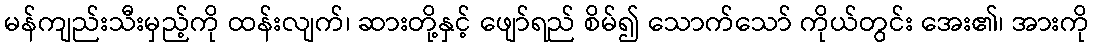
မန်ကျည်းသီးမှည့်ကို ထန်းလျက်၊ ဆားတို့နှင့် ဖျော်ရည် စိမ်၍ သောက်သော် ကိုယ်တွင်း အေး၏၊ အားကို